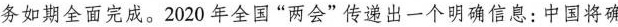
务如期全面完成。2020年全国”两会”传递出一个明确信息：中国将确